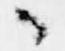
々